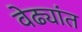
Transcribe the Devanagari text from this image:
वेढ्यांत